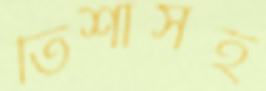
তিশাসহ